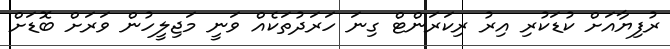
ރުފިޔާއަށް ކުޑަކުރި އިރު ރިކަރަންޓް ގިނަ ހަރަދުތަކެއް ވަނީ މަޖިލީހުން ވަރަށް ބޮޑަށް